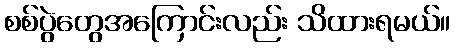
စစ်ပွဲတွေအကြောင်းလည်း သိထားရမယ်။